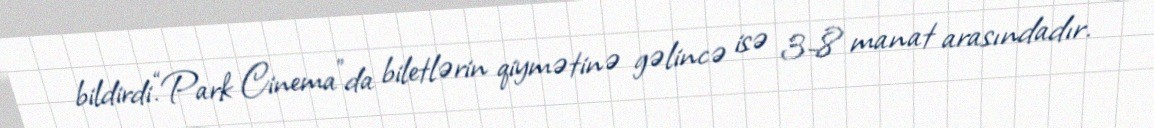
bildirdi.“Park Cinema”da biletlərin qiymətinə gəlincə isə 3-8 manat arasındadır.